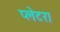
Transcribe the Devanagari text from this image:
प्लेटर।